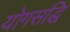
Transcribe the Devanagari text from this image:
योगसद्धि